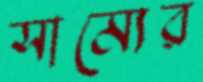
সাম্যের